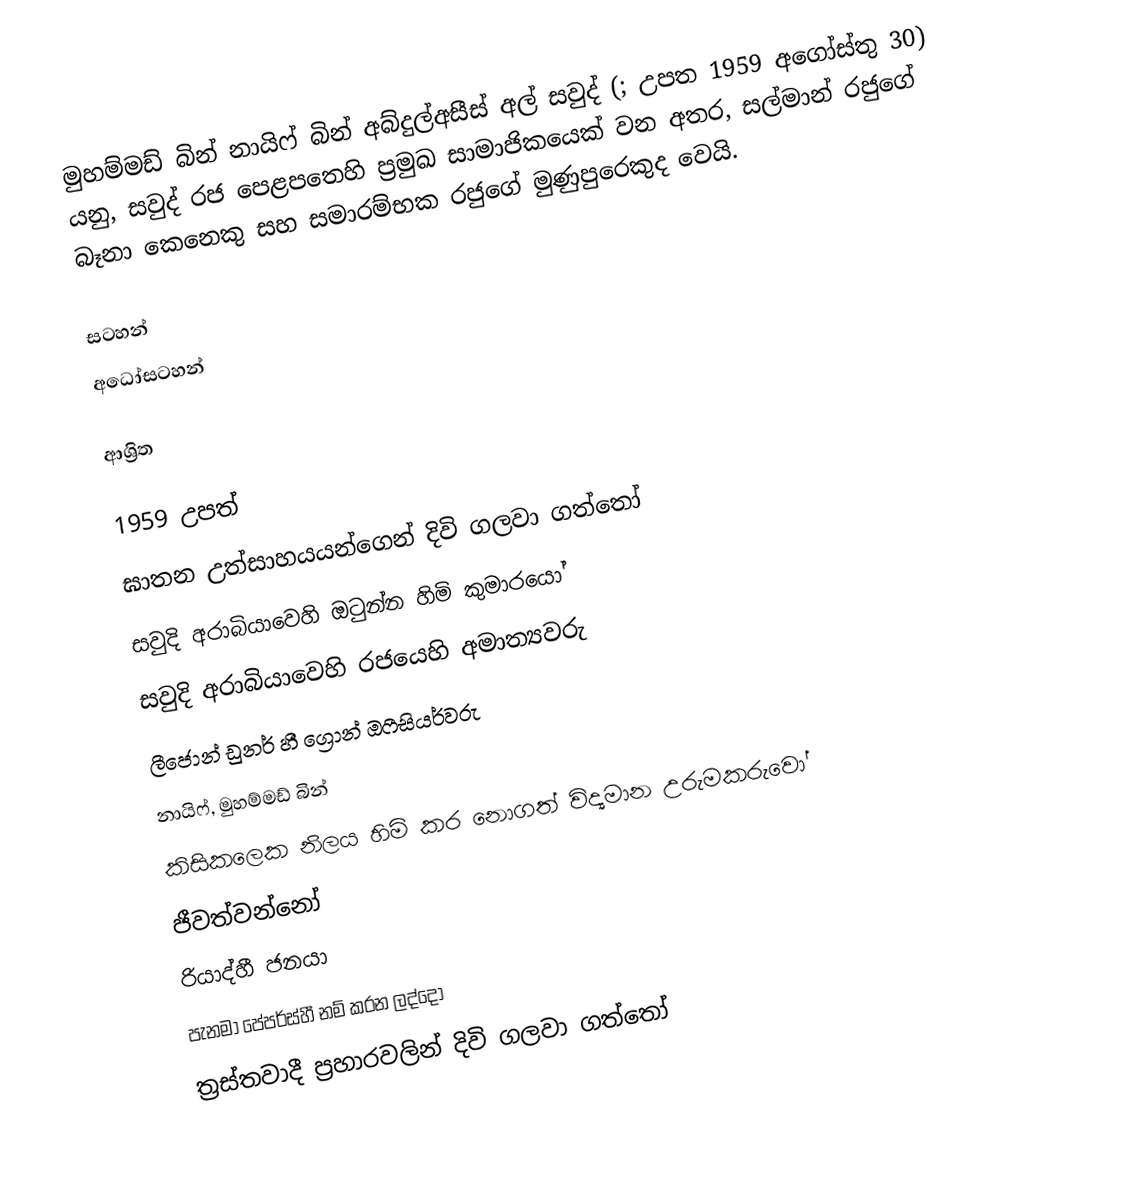
මුහම්මඩ්  බින් නායිෆ්  බින් අබ්දුල්අසීස් අල් සවුද් (; උපත  1959 අගෝස්තු 30) යනු,  සවුද් රජ පෙළපතෙහි  ප්‍රමුඛ සාමාජිකයෙක් වන අතර, සල්මාන් රජුගේ බෑනා කෙනෙකු සහ සමාරම්භක රජුගේ මුණුපුරෙකුද වෙයි.

සටහන්
 අධෝසටහන්

 ආශ්‍රිත

1959 උපත්
ඝාතන උත්සාහයයන්ගෙන් දිවි ගලවා ගත්තෝ
සවුදි අරාබියාවෙහි ඔටුන්න හිමි කුමාරයෝ
සවුදි අරාබියාවෙහි රජයෙහි අමාත්‍යවරු
 ලීජොන් ඩුනර් හී ග්‍රොන් ඔෆීසියර්වරු
නායිෆ්, මුහම්මඩ් බින්
 කිසිකලෙක නිලය හිමි කර නොගත් විද්‍යමාන උරුමකරුවෝ
ජීවත්වන්නෝ
රියාද්හී ජනයා
පැනමා පේපර්ස්හී නම් කරන ලද්දෝ
ත්‍රස්තවාදී ප්‍රහාරවලින් දිවි ගලවා ගත්තෝ